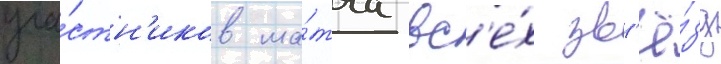
уча́стн'иков ма́тча вс'е́х зв'ё́зд